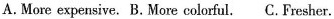
A.More expensive.B.More colorful.C.Fresher.